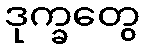
ဒုက္ခတွေ